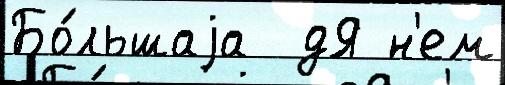
Бо́льшаjа  дЯ н'ем